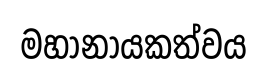
මහානායකත්වය